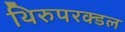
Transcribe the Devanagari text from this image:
थिरुपरक्डल